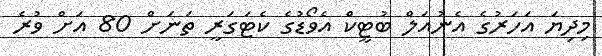
މިދިޔަ އަހަރުގެ އެނުއަލް ބުޓީކް އެވޯޑުގެ ކެޓަގަރީ ތަނަށް 80 އަށް ވުރެ